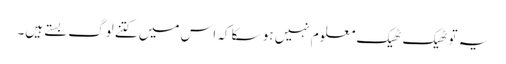
یہ تو ٹھیک ٹھیک معلوم نہیں ہو سکا کہ اس میں کتنے لوگ بستے ہیں۔